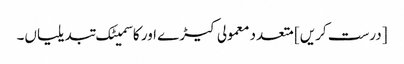
[درست کریں] متعدد معمولی کیڑے اور کاسمیٹک تبدیلیاں۔